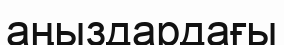
аңыздардағы